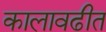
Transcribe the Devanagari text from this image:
कालावढीत